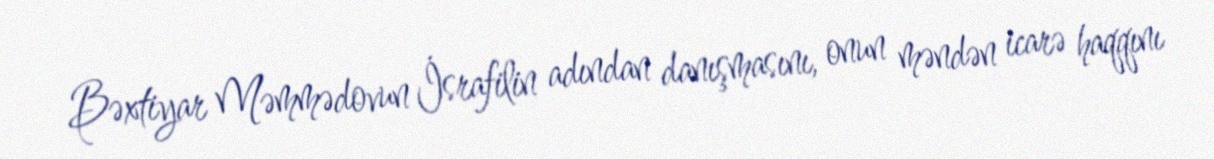
Bəxtiyar Məmmədovun İsrafilin adından danışmasını, onun məndən icarə haqqını